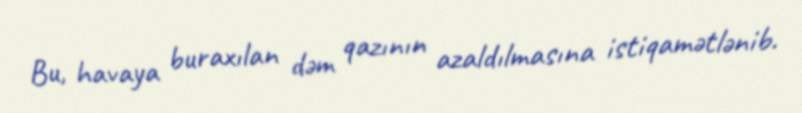
Bu, havaya buraxılan dəm qazının azaldılmasına istiqamətlənib.